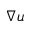
\nabla \boldsymbol { u }